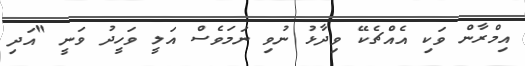
އިމްރާން ވަކި އެއްޗެކޭ ވިދާޅު ނުވި ނަމަވެސް އަލީ ވަހީދު ވަނީ "އަދި